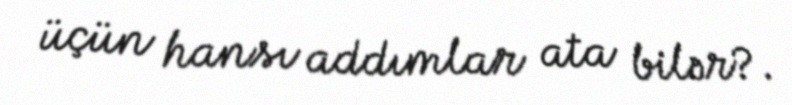
üçün hansı addımlar ata bilər?.